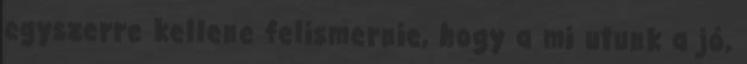
egyszerre kellene felismernie, hogy a mi utunk a jó,